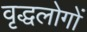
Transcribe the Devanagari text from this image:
वृद्धलोगों